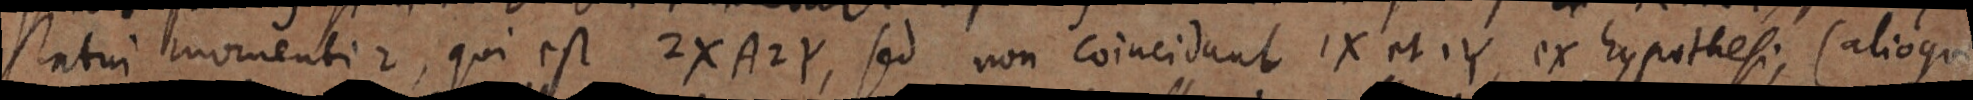
statui momenti 2, qui est 2X A2Y, sed non coincidant 1X et 1Y ex hypothesi, (alioqui